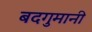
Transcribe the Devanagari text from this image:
बदगुमानी